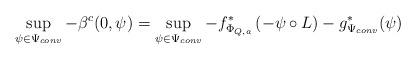
LaTeX: \begin{align*}\sup_{\psi\in\Psi_{conv}} - \beta^c (0,\psi) & =\sup_{\psi\in\Psi_{conv}} -f^*_{\Phi_{Q,a}} \left(- \psi\circ L \right) -g^{*}_{\Psi_{conv}} (\psi) \end{align*}